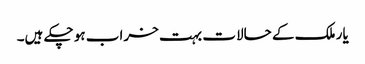
یار ملک کے حالات بہت خراب ہو چکے ہیں۔